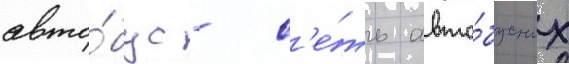
авто́бус - с'е́ть авто́бусных